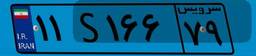
۹۶S۰۹۸۸۴